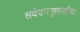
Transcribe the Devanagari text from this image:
सर्वेयमनुसरणीया